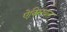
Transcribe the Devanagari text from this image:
ऐक्सियल